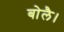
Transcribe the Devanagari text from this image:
बोलै।